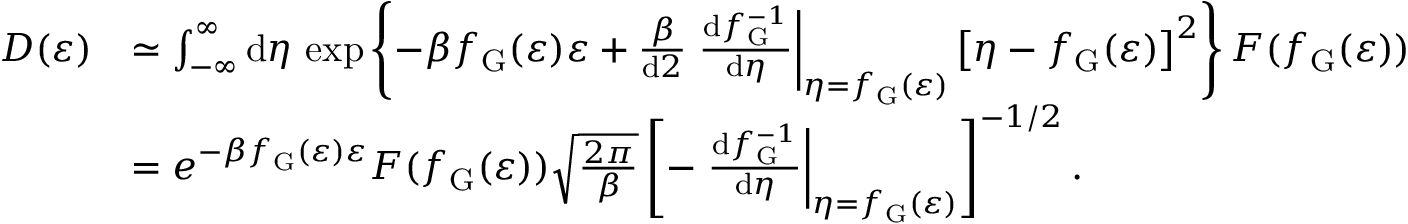
\begin{array} { r l } { D ( \varepsilon ) } & { \simeq \int _ { - \infty } ^ { \infty } \mathrm { d } \eta \, \exp \left\lbrace - \beta f _ { \mathrm { G } } ( \varepsilon ) \varepsilon + \frac { \beta } { \mathrm { d } 2 } \left. \frac { \mathrm { d } f _ { \mathrm { G } } ^ { - 1 } } { \mathrm { d } \eta } \right| _ { \eta = f _ { \mathrm { G } } ( \varepsilon ) } \left[ \eta - f _ { \mathrm { G } } ( \varepsilon ) \right] ^ { 2 } \right\rbrace F ( f _ { \mathrm { G } } ( \varepsilon ) ) } \\ & { = e ^ { - \beta f _ { \mathrm { G } } ( \varepsilon ) \varepsilon } F ( f _ { \mathrm { G } } ( \varepsilon ) ) \sqrt { \frac { 2 \pi } { \beta } } \left[ - \left. \frac { \mathrm { d } f _ { \mathrm { G } } ^ { - 1 } } { \mathrm { d } \eta } \right| _ { \eta = f _ { \mathrm { G } } ( \varepsilon ) } \right] ^ { - 1 / 2 } . } \end{array}